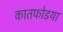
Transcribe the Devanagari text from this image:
कातफोडया